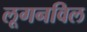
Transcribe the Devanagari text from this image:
लूगनविल